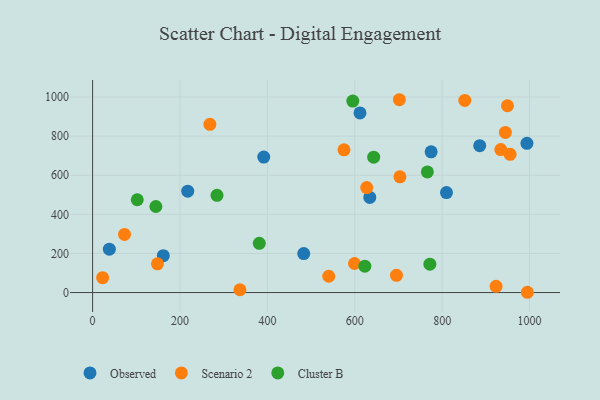
{"axis": {"x": "Experience", "y": "Demand"}, "legend": ["Cluster B", "Observed", "Scenario 2"], "data": [{"x": "886.0", "y": 751.3, "type": "Observed"}, {"x": "161.8", "y": 188.7, "type": "Observed"}, {"x": "391.7", "y": 693.0, "type": "Observed"}, {"x": "38.3", "y": 222.0, "type": "Observed"}, {"x": "634.4", "y": 486.7, "type": "Observed"}, {"x": "483.2", "y": 199.2, "type": "Observed"}, {"x": "774.8", "y": 719.5, "type": "Observed"}, {"x": "994.1", "y": 763.3, "type": "Observed"}, {"x": "809.9", "y": 511.1, "type": "Observed"}, {"x": "612.0", "y": 918.5, "type": "Observed"}, {"x": "217.7", "y": 518.2, "type": "Observed"}, {"x": "995.1", "y": 1.4, "type": "Scenario 2"}, {"x": "702.1", "y": 986.1, "type": "Scenario 2"}, {"x": "955.6", "y": 706.8, "type": "Scenario 2"}, {"x": "73.0", "y": 297.4, "type": "Scenario 2"}, {"x": "695.5", "y": 88.2, "type": "Scenario 2"}, {"x": "851.9", "y": 982.3, "type": "Scenario 2"}, {"x": "337.2", "y": 14.3, "type": "Scenario 2"}, {"x": "22.9", "y": 75.9, "type": "Scenario 2"}, {"x": "923.5", "y": 31.7, "type": "Scenario 2"}, {"x": "575.4", "y": 730.0, "type": "Scenario 2"}, {"x": "949.5", "y": 955.3, "type": "Scenario 2"}, {"x": "944.7", "y": 819.0, "type": "Scenario 2"}, {"x": "934.3", "y": 731.4, "type": "Scenario 2"}, {"x": "268.4", "y": 860.3, "type": "Scenario 2"}, {"x": "627.4", "y": 536.9, "type": "Scenario 2"}, {"x": "703.4", "y": 592.0, "type": "Scenario 2"}, {"x": "599.4", "y": 148.5, "type": "Scenario 2"}, {"x": "148.4", "y": 147.0, "type": "Scenario 2"}, {"x": "540.5", "y": 83.3, "type": "Scenario 2"}, {"x": "595.5", "y": 979.3, "type": "Cluster B"}, {"x": "144.8", "y": 440.0, "type": "Cluster B"}, {"x": "643.3", "y": 692.4, "type": "Cluster B"}, {"x": "102.2", "y": 474.7, "type": "Cluster B"}, {"x": "766.2", "y": 616.7, "type": "Cluster B"}, {"x": "771.9", "y": 145.2, "type": "Cluster B"}, {"x": "284.7", "y": 497.3, "type": "Cluster B"}, {"x": "381.5", "y": 251.8, "type": "Cluster B"}, {"x": "623.1", "y": 135.1, "type": "Cluster B"}]}